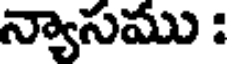
న్యాసము :